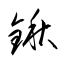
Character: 鍬